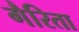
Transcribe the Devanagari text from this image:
गैरिता